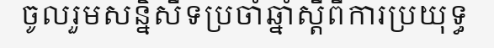
ចូលរួមសន្និសីទប្រចាំឆ្នាំស្តីពីការប្រយុទ្ធ